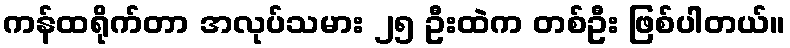
ကန်ထရိုက်တာ အလုပ်သမား ၂၅ ဦးထဲက တစ်ဦး ဖြစ်ပါတယ်။